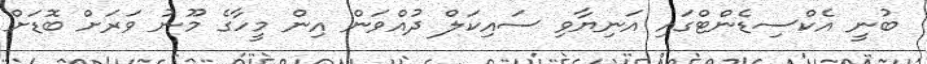
ބުނީ އެކްސިޑެންޓްގައި އަނިޔާވި ސައިކަލް ދުއްވަން އިން މީހާގެ މޫނު ވަރަށް ބޮޑަށް